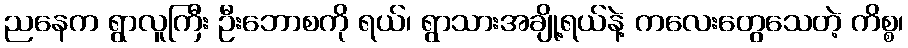
ညနေက ရွာလူကြီး ဦးဘောစကို ရယ်၊ ရွာသားအချို့ရယ်နဲ့ ကလေးတွေသေတဲ့ ကိစ္စ၊